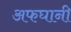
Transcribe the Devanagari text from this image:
अफघानी